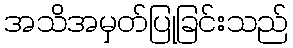
အသိအမှတ်ပြုခြင်းသည်